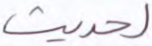
لحديث